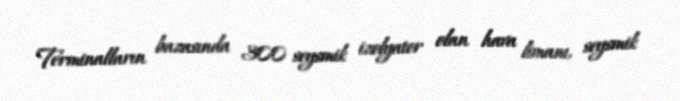
Terminalların bazasında 300 seysmik izolyator olan hava limanı, seysmik